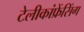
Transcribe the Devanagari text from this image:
टेलीकांफ्रेंसिंग